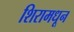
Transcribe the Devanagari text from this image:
शिरामधून